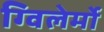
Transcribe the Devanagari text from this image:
ग्विलेर्मो